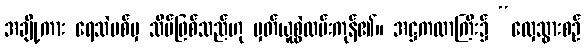
အချို့ကား ရေသဲပစ်မှ သိမ်ဖြစ်သည်ဟု မှတ်ယူစွဲလမ်းကုန်၏။ အဋ္ဌကထာကြီး၌ “လှေသွားစဉ်